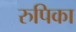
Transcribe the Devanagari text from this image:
रुपिका